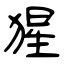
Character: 猩